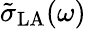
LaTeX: \tilde{\sigma}_{\mathrm{LA}}(\omega)